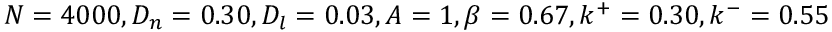
N = 4 0 0 0 , D _ { n } = 0 . 3 0 , D _ { l } = 0 . 0 3 , A = 1 , \beta = 0 . 6 7 , k ^ { + } = 0 . 3 0 , k ^ { - } = 0 . 5 5